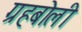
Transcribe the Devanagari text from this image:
ग्रहबोली